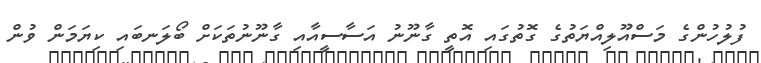
ފުލުހުންގެ މަސްއޫލިއްޔަތުގެ ގޮތުގައި އޮތީ ގާނޫނު އަސާސީއާއި ގާނޫނުތަކަށް ބޯލަނބައި ކިޔަމަން ވުން